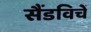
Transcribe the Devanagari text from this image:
सैंडविचें